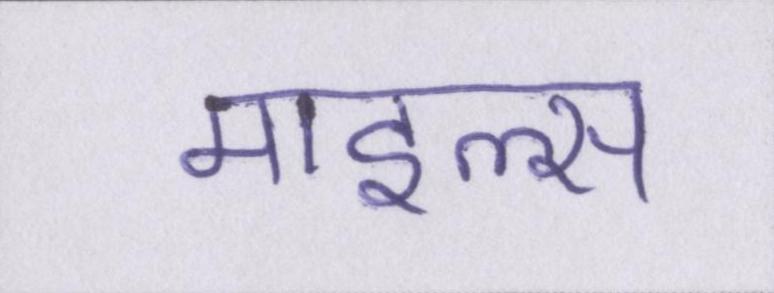
माइल्स